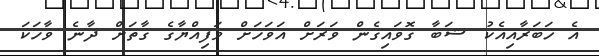
އެ ޚަބަރާއިއެކު ޝަބާ ގޮވައިގެން ވަރަށް އަވަހަށް ވަފިއްޔާގެ ގާތަށް ދާނެ ވާހަކަ